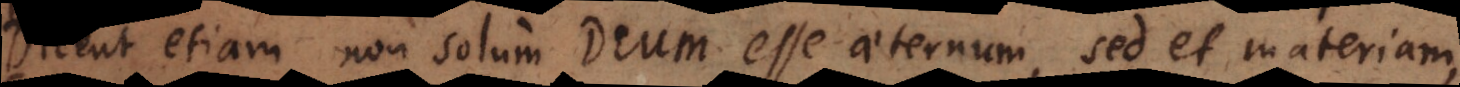
Dicent etiam non solum Deum esse aeternum, sed et materiam,